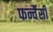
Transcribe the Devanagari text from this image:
फर्न्चैसी